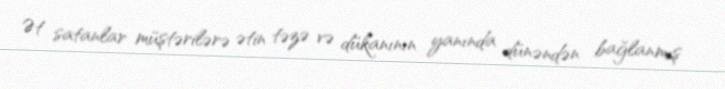
Ət satanlar müştərilərə ətin təzə və dükanının yanında dünəndən bağlanmış